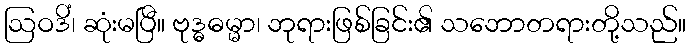
ဩဝဒိံ၊ ဆုံးမပြီ။ ဗုဒ္ဓဓမ္မာ၊ ဘုရားဖြစ်ခြင်း၏ သဘောတရားတို့သည်။